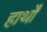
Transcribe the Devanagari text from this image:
हार्थों